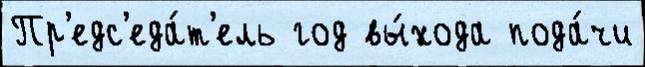
Пр'едс'еда́т'ель год вы́хода пода́чи